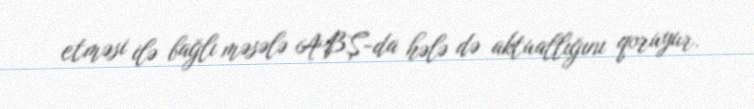
etməsi ilə bağlı məsələ ABŞ-da hələ də aktuallığını qoruyur.